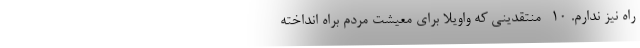
راه نیز ندارم. 10- منتقدینی که واویلا برای معیشت مردم براه انداخته